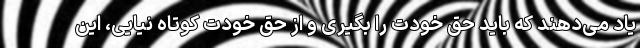
یاد می‌دهند که باید حق خودت را بگیری و از حق خودت کوتاه نیایی، این